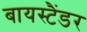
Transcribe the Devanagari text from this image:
बायस्टैंडर